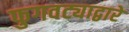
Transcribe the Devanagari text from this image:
फुगवट्याद्वारे